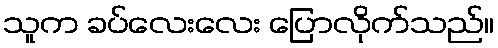
သူက ခပ်လေးလေး ပြောလိုက်သည်။